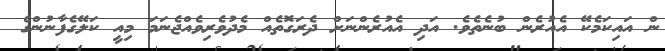
ން އައިކަމެކޭ އެއުރެން ބުނެތެވެ. އަދި އެއުރެންނަށް ދެރަގޮތެއް މެދުވެރިވެއްޖެނަމަ މިއީ ކަލޭގެފާނުންގެ